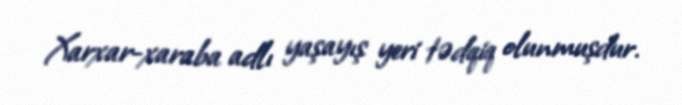
Xarxar-xaraba adlı yaşayış yeri tədqiq olunmuşdur.